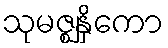
သုမဇ္ဈနှိကော